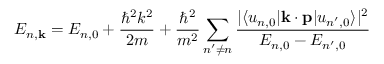
E _ { n , \mathbf { k } } = E _ { n , 0 } + { \frac { \hbar ^ { 2 } k ^ { 2 } } { 2 m } } + { \frac { \hbar ^ { 2 } } { m ^ { 2 } } } \sum _ { n ^ { \prime } \neq n } { \frac { | \langle u _ { n , 0 } | \mathbf { k } \cdot \mathbf { p } | u _ { n ^ { \prime } , 0 } \rangle | ^ { 2 } } { E _ { n , 0 } - E _ { n ^ { \prime } , 0 } } }